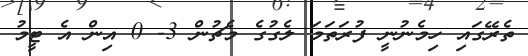
ތެރޭގައި ހިމެނުނީ ފުރަތަމަ ލެގުގެ މެޗުން 3- 0 އިން އެ ޓީމު